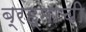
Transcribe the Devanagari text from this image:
ब्रह्माची